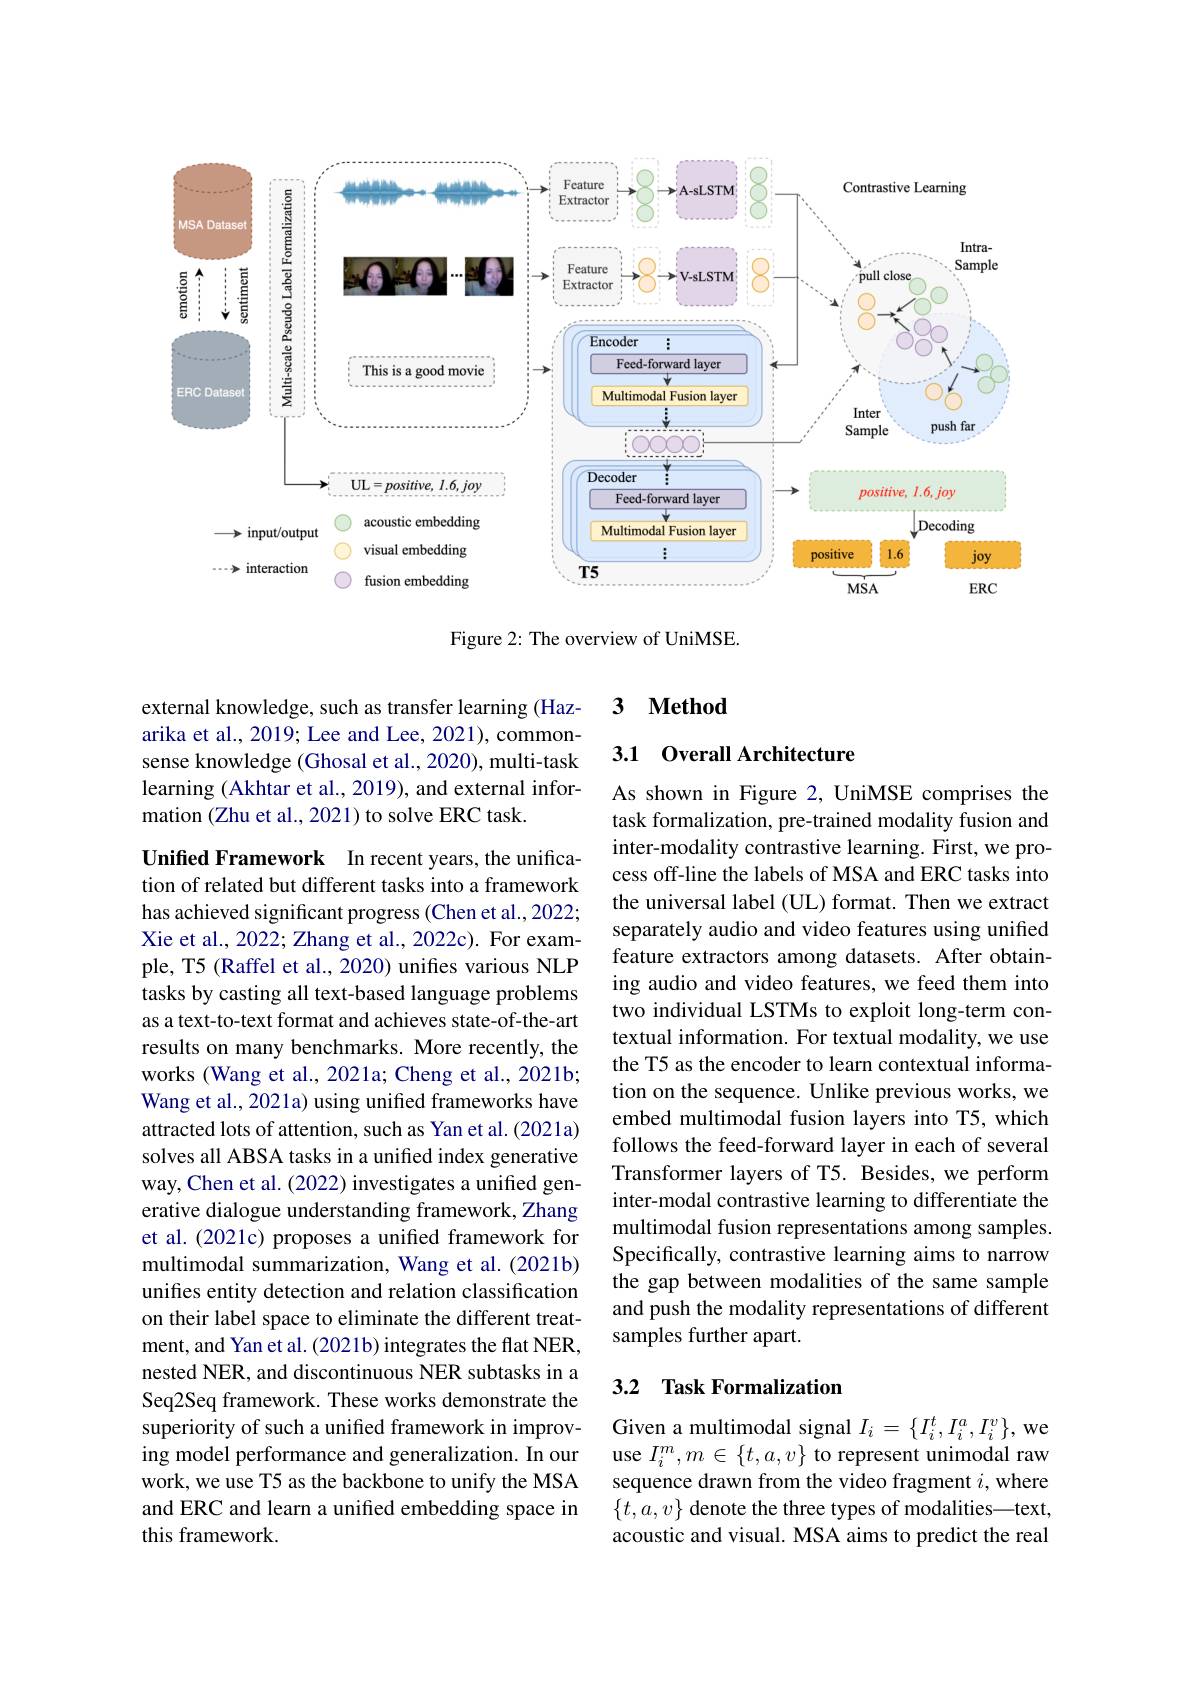
<FigureHere>

Figure 2: The overview of UniMSE.

### 3 $\textbf{Method}$

### 3.1 Overall Architecture

external knowledge, such as transfer learning (Hazarika et al., 2019; Lee and Lee, 2021), commonsense knowledge (Ghosal et al., 2020), multi-task learning (Akhtar et al., 2019), and external information (Zhu et al., 2021) to solve ERC task.

As shown in Figure 2, UniMSE comprises the task formalization, pre-trained modality fusion and inter-modality contrastive learning. First, we process off-line the labels of MSA and ERC tasks into the universal label (UL) format. Then we extract separately audio and video features using unified feature extractors among datasets. After obtaining audio and video features, we feed them into two individual LSTMs to exploit long-term contextual information. For textual modality, we use the T5 as the encoder to learn contextual information on the sequence. Unlike previous works, we embed multimodal fusion layers into T5, which follows the feed-forward layer in each of several Transformer layers of T5. Besides, we perform inter-modal contrastive learning to differentiate the multimodal fusion representations among samples. Specifically, contrastive learning aims to narrow the gap between modalities of the same sample and push the modality representations of different samples further apart.

Unified Framework In recent years, the unification of related but different tasks into a framework has achieved significant progress (Chen et al., 2022; Xie et al., 2022; Zhang et al., 2022c). For example, T5 (Raffel et al., 2020) unifes various NLP tasks by casting all text-based language problems as a text-to-text format and achieves state-of-the-art results on many benchmarks. More recently, the works (Wang et al., 2021a; Cheng et al., 2021b; Wang et al., 2021a) using unified frameworks have attracted lots of attention, such as Yan et al. (2021a) solves all ABSA tasks in a unified index generative way, Chen et al. (2022) investigates a unified generative dialogue understanding framework, Zhang et al. (2021c) proposes a unified framework for multimodal summarization, Wang et al. (2021b) unifies entity detection and relation classification on their label space to eliminate the different treatment, and Yan et al. (2021b) integrates the flat NER, nested NER, and discontinuous NER subtasks in a Seq2Seq framework. These works demonstrate the superiority of such a unified framework in improving model performance and generalization. In our work, we use T5 as the backbone to unify the MSA and ERC and learn a unified embedding space in this framework

## 3.2 Task Formalization

Given a multimodal signal $I_i=\{I_i^t,I_i^a,I_i^v\}$,we use $I_i^m,m\in\{t,a,v\}$ to represent unimodal raw sequence drawn from the video fragment $i$, where $\{t,a,v\}$ denote the three types of modalities—text, acoustic and visual. MSA aims to predict the real